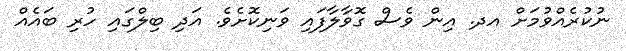
ނުކުރެއްވުމަށް އދ. އިން ވެސް ގޮވާލާފައި ވަނިކޮށެވެ. އަދި ބިލްގައި ހުރި ބައެއް